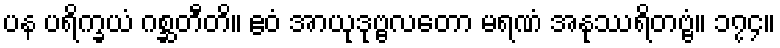
ပန ပရိက္ခယံ ဂစ္ဆတီတိ။ ဧဝံ အာယုဒုဗ္ဗလတော မရဏံ အနုဿရိတဗ္ဗံ။ ၁၇၄။